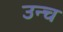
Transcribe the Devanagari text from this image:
उन्च